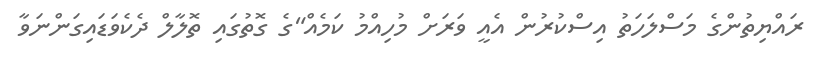
ރައްޔިތުންގެ މަސްލަހަތު އިސްކުރުން އެއީ ވަރަށް މުހިއްމު ކަމެއް"ގެ ގޮތުގައި ތޮލާލް ދެކެވަޑައިގަންނަވާ